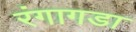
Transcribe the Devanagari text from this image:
रंगागडा